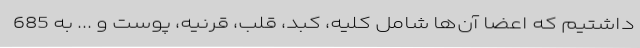
داشتیم که اعضا آن‌ها شامل کلیه، کبد، قلب، قرنیه، پوست و ... به 685